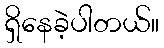
ရှိနေခဲ့ပါတယ်။